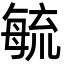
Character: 毓